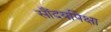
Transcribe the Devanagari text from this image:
सौंदर्यापेक्षा